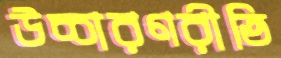
উচ্চারণরীতি